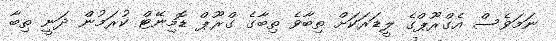
ނަމަވެސް އެގްރޫޕްގެ ލީޑަރަކަށް ތިބާވެ ތިބާގެ ގްރޫޕް ޑޮމިނޭޓް ކުރަމުން ދަނީ ތިބާ